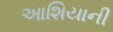
આશિયાની